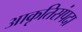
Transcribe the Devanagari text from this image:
आकृतिसंपदा